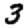
Digit: 3